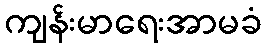
ကျန်းမာရေးအာမခံ